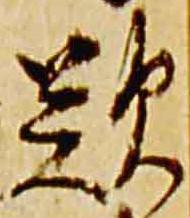
歎